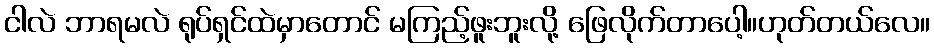
ငါလဲ ဘာရမလဲ ရုပ်ရှင်ထဲမှာတောင် မကြည့်ဖူးဘူးလို့ ဖြေလိုက်တာပေါ့။ဟုတ်တယ်လေ။